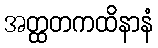
အတ္ထတကထိနာနံ